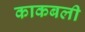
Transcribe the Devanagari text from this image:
काकबली